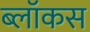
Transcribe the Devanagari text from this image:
ब्लॉकस